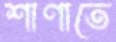
শাণাতে